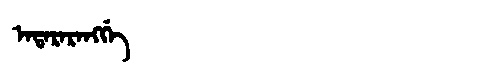
Manchu: ᠠᡨᠠᡵᠠᡵᠠᠩᡤᡝ
Romanization: ATARARANGGE